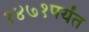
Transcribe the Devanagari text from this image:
१४७१पर्यंत